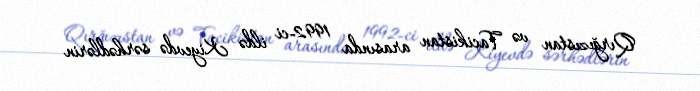
Qırğızıstan və Tacikistan arasında 1992-ci ildə Kiyevdə sərhədlərin